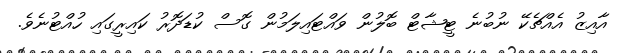
އާއިޒު އެއްޗެކޭ ނުބުނެ ޓީޝާޓް ބޮލުން ވައްޓައިލަމުން ގޮސް ކުޑަދޮރު ކައިރީގައި ހުއްޓުނެވެ.